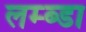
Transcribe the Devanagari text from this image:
लम्ब्डा